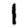
Digit: 1